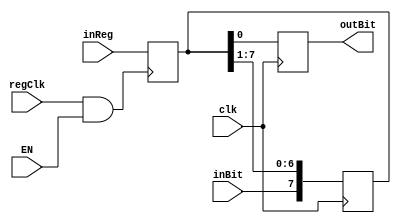
`timescale 1ns / 1ps

module Shift_Register #(parameter REG_WIDTH = 8)
(
        input clk,
        input regClk,
        input [REG_WIDTH-1:0] inReg,
        input inBit,
        input EN,
        output reg outBit
);

reg [REG_WIDTH-1:0] inData;


always@(posedge regClk && EN)
begin
    inData <= inReg;
end

always@(posedge clk)
begin
           outBit <= inData[0];
           inData <= {inBit,inData[REG_WIDTH-1:1]};
end
endmodule